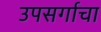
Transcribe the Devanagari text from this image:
उपसर्गाचा